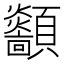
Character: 顲